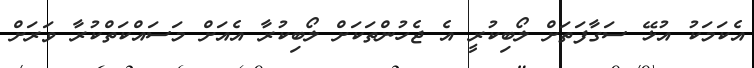
އެކަމަކު އުޅޭ ސަގާފަތަށް ލޯބިކުރީ އެ ޖެހުންތަކަށް ލޯބިކުރާ އެއަށް މަސައްކަތްކުރާ ވަރަށް